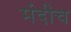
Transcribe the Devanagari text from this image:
मंदीच